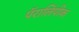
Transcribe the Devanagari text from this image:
पॅरालिंपीक